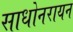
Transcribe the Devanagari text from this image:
साधोनरायन